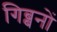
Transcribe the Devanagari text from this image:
गिब्बनों